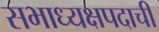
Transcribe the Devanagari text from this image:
सभाध्यक्षपदाची